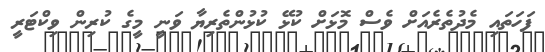
ފަހަތައި މެދުތެރެއަށް ވެސް މޮޅަށް ކުޅޭ ކުޅުންތެރިޔާ ވަނީ މީގެ ކުރިން ވިކްޓަރީ